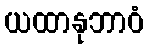
ယထာနုဘာဝံ